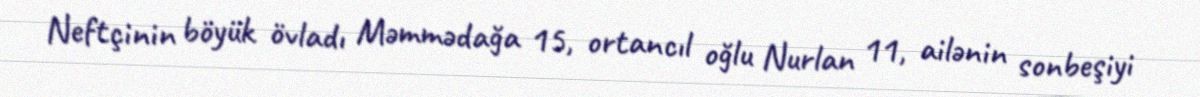
Neftçinin böyük övladı Məmmədağa 15, ortancıl oğlu Nurlan 11, ailənin sonbeşiyi